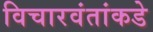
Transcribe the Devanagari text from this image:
विचारवंतांकडे